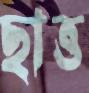
ছাত্ত